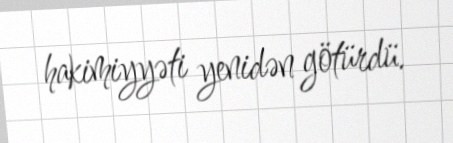
hakimiyyəti yenidən götürdü.